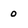
Character: 0